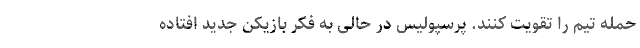
حمله تیم را تقویت کنند. پرسپولیس در حالی به فکر بازیکن جدید افتاده